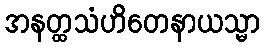
အနတ္ထသံဟိတေနာယသ္မာ